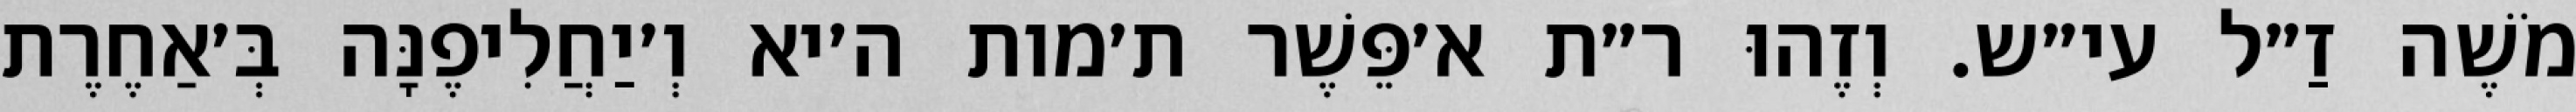
מֹשֶׁה זַ״ל עי״ש. וְזֶהוּ ר״ת א׳פֵּשֶׁר ת׳מות ה׳יא וְ׳יַחֲלִיפֶנָּה בְּ׳אַחֶרֶת